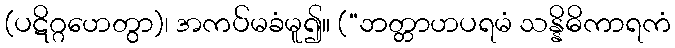
(ပဋိဂ္ဂဟေတွာ)၊ အကပ်မခံမူ၍။ (“ဘတ္တာဟပရမံ သန္နိဓိကာရကံ